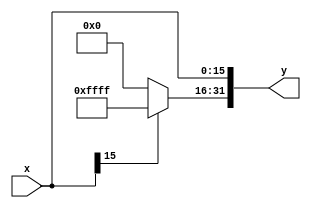
module sign_extend(
    output reg [31:0] y,
    input [15:0] x/*,
  input clock*/
    );
always @(/*posedge clock*/ x)
begin
 if(x[15] == 1'b1)
  begin
   y[31:16] <= 16'b1111111111111111;
   y[15:0] <= x[15:0];
  end
 else if(x[15] == 1'b0)
  begin
   y[31:16] <= 16'b0000000000000000;
   y[15:0] <= x[15:0];
  end
 else
  begin
   y[31:16] <= 16'bxxxxxxxxxxxxxxxx;
   y[15:0] <= x[15:0];
  end
end
endmodule